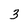
Character: 3